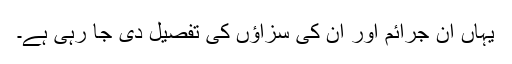
یہاں ان جرائم اور ان کی سزاؤں کی تفصیل دی جا رہی ہے۔